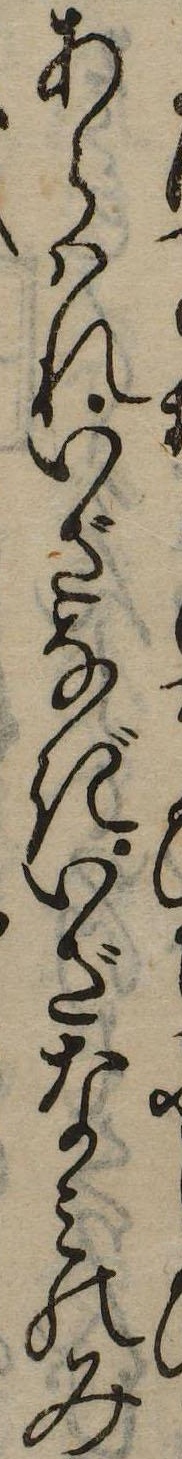
あらはれいざなぎいざなみのみ